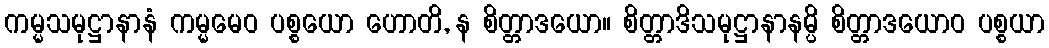
ကမ္မသမုဋ္ဌာနာနံ ကမ္မမေဝ ပစ္စယော ဟောတိ, န စိတ္တာဒယော။ စိတ္တာဒိသမုဋ္ဌာနာနမ္ပိ စိတ္တာဒယောဝ ပစ္စယာ